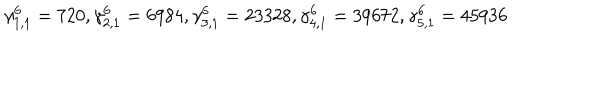
LaTeX: \gamma _ { 1 , 1 } ^ { 6 } = 7 2 0 , \gamma _ { 2 , 1 } ^ { 6 } = 6 9 8 4 , \gamma _ { 3 , 1 } ^ { 6 } = 2 3 3 2 8 , \gamma _ { 4 , 1 } ^ { 6 } = 3 9 6 7 2 , \gamma _ { 5 , 1 } ^ { 6 } = 4 5 9 3 6 \nonumber